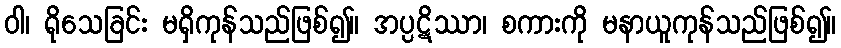
ဝါ၊ ရိုသေခြင်း မရှိကုန်သည်ဖြစ်၍။ အပ္ပဋိဿာ၊ စကားကို မနာယူကုန်သည်ဖြစ်၍။